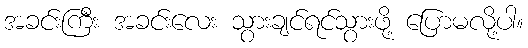
အခင်းကြီး အခင်းလေး သွားချင်ရင်သွားဖို့ ပြောမလို့ပါ။